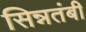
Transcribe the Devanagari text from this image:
सिन्नतंबी